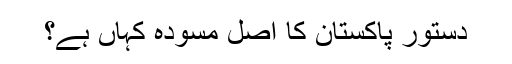
دستورِ پاکستان کا اصل مسودہ کہاں ہے؟